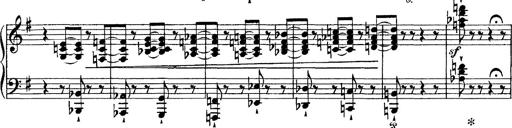
Title: Tarantelle di bravura dâ€™aprÃ¨s la tarantelle de La muette de Portici
Composer: Franz Liszt